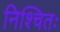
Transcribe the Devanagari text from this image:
निश्चितः